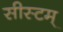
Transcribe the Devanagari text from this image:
सीस्टम्